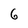
Character: 6